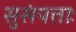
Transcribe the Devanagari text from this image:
सुसंयत्ताः